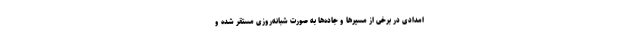
امدادی در برخی از مسیرها و جاده‌ها به صورت شبانه‌روزی مستقر شده و